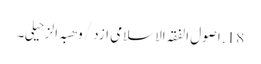
18. اصول الفقہ الاسلامی ازد /وھبہ الزحیلی۔